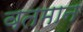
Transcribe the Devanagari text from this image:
वतमान